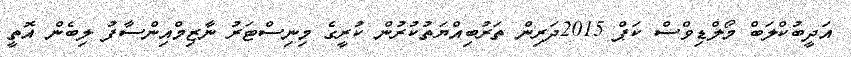
އަދީބުކްލަބް މޯލްޑިވްސް ކަޕް 2015ދަރިން ތަރުބިއްޔަތުކުރުން ކުރީގެ މިނިސްޓަރު ނާޒިމްއިންސާފު ލިބެން އޮތީ